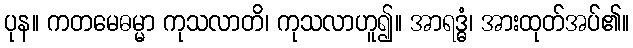
ပုန။ ကတမေဓမ္မာ ကုသလာတိ၊ ကုသလာဟူ၍။ အာရဒ္ဓံ၊ အားထုတ်အပ်၏။